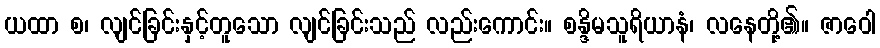
ယထာ စ၊ လျင်ခြင်းနှင့်တူသော လျင်ခြင်းသည် လည်းကောင်း။ စန္ဒိမသူရိယာနံ၊ လနေတို့၏။ ဇာဝေါ